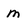
Character: M